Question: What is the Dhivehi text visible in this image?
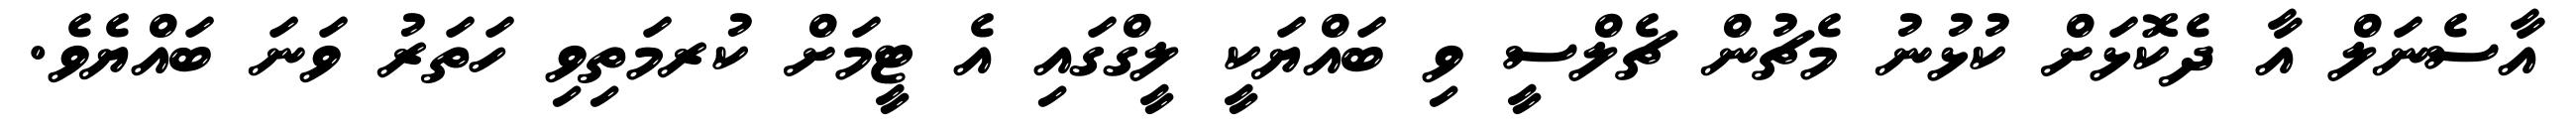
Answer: އާސެނަލް އާ ދެކޮޅަށް ކުޅުނު މެޗުން ޗެލްސީ ވި ބައްޔަކީ ލީގްގައި އެ ޓީމަށް ކުރމަތިވި ހަތަރު ވަނަ ބައްޔެވެ.